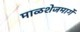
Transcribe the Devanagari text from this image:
माळशेजमार्गे